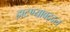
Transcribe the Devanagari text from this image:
झटण्याबद्दल